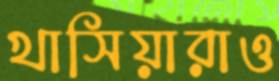
খাসিয়ারাও